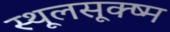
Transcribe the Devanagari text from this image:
स्थूलसूक्ष्म